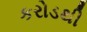
કરોડથી